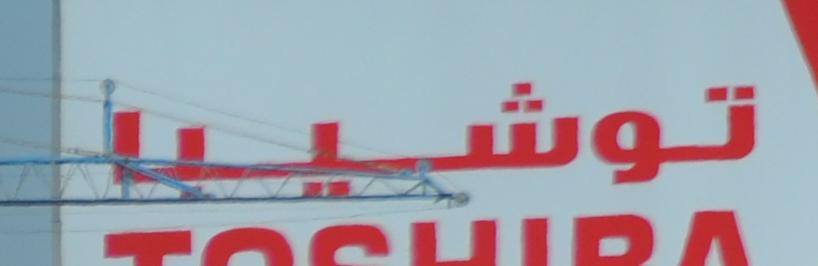
توشيبا